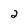
Character: 2